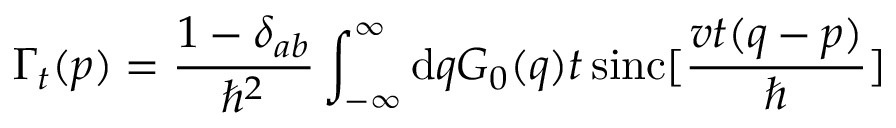
\Gamma _ { t } ( p ) = \frac { 1 - \delta _ { a b } } { \hbar ^ { 2 } } \int _ { - \infty } ^ { \infty } \mathrm { d } q { G } _ { 0 } ( q ) t \, \mathrm { s i n c } [ \frac { v t ( q - p ) } { \hbar } ]